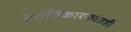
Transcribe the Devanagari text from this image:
क्रांतिकारकांतही